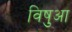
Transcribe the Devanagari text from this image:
विषुआ